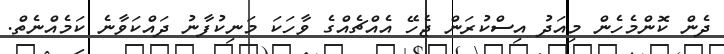
ދެން ކޮންމެހެން މިއަދު އިސްކުރަން ޖެހޭ އެއްޗެއްގެ ވާހަކަ މަނިކުފާނު ދައްކަވާނެ ކަމެއްނެތް.